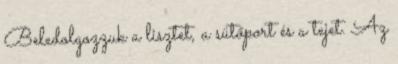
Beledolgozzuk a lisztet, a sütőport és a tejet. Az